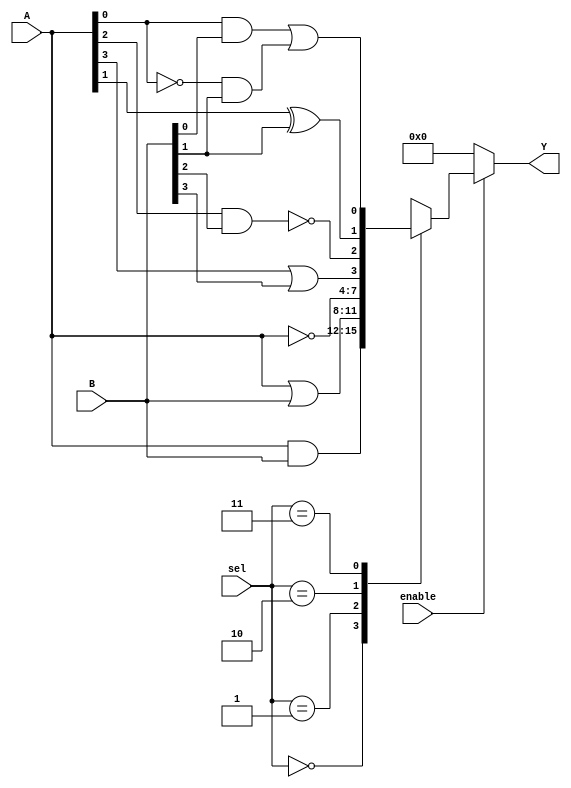
module combinational_logic_block (
    input wire [3:0] A,          // 4-bit input A
    input wire [3:0] B,          // 4-bit input B
    input wire [1:0] sel,        // 2-bit select for MUX
    input wire enable,            // Enable signal
    output wire [3:0] Y          // 4-bit output Y
);

// Internal signals
wire [3:0] lut_out;             // Output from LUTs
wire [3:0] mux_out;             // Output from MUX
wire [3:0] and_out;             // AND operation output
wire [3:0] or_out;              // OR operation output
wire [3:0] not_out;             // NOT operation output

// LUTs implementation
assign lut_out[0] = (A[0] & B[0]) | (~A[0] & B[1]); // Example LUT function
assign lut_out[1] = (A[1] ^ B[1]);                  // Example LUT function
assign lut_out[2] = ~(A[2] & B[2]);                  // Example LUT function
assign lut_out[3] = (A[3] | B[3]);                   // Example LUT function

// Combinational logic functions
assign and_out = A & B;       // AND operation
assign or_out = A | B;        // OR operation
assign not_out = ~A;          // NOT operation

// MUX implementation
always @(*) begin
    if (enable) begin
        case (sel)
            2'b00: mux_out = and_out;   // Select AND output
            2'b01: mux_out = or_out;    // Select OR output
            2'b10: mux_out = not_out;   // Select NOT output
            2'b11: mux_out = lut_out;   // Select LUT output
            default: mux_out = 4'b0000; // Default case
        endcase
    end else begin
        mux_out = 4'b0000; // Disable output when not enabled
    end
end

// Final output assignment
assign Y = mux_out;

endmodule